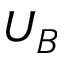
U _ { B }